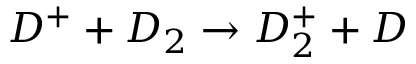
D ^ { + } + D _ { 2 } \rightarrow D _ { 2 } ^ { + } + D